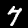
Label: 7